Leaving Certificate Examination (including Day School Certificate (Higher) General paper), 1932
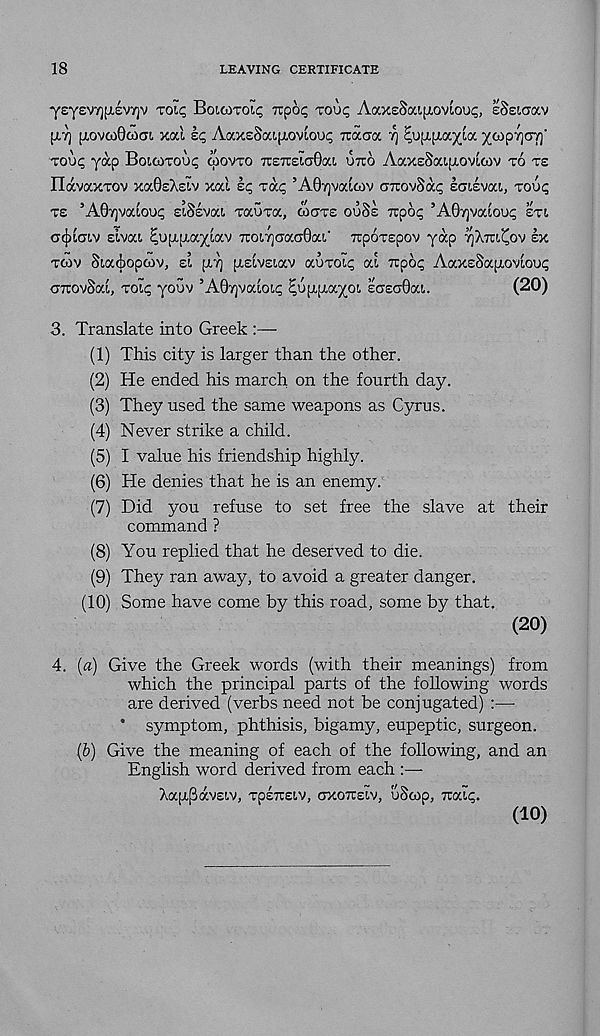
18
LEAVING CERTIFICATE
ysyev/jfxsvyjv zoic, Boicoxoti; rcpo^ xou^ AaxsSaijJLOviou^, sSeiaav
fXT] [LOvwOcocri xal ic, AaxsSaifjiovioui; Tiaaa 7] ^0[±{i7.yj(/. ytopyjCTT]'
TOIX; yap Boxoxouc; COOVTO TrsTuswOai UTTO AaxeSaipicmoiv TO TS
IlavaxTOV xaOsXsiv xal kq zc/.c ’A67]valcov airovSa^ kaiivca, zooq
ze ’AQrjvodooq siSsvat, xauxa, COGZZ ooSe rcpac; ’AG^vaioot; zzi
acjjiGLv elvai ^upipiaylav 7roi7]Gaa0ai.' Tcporspov yap ^XTU'COV SX
TWV Siatbopoov, el piY) [xslvsiav auroi^ al Ttpo^ AaxsSapiovLou^
GTrovSai, roi^ youv ’AQrjvaloi^ ^upipia^oi. £G£G0at,.
(20)
3. Translate into Greek :—
(1) This city is larger than the other.
(2) He ended his inarch on the fourth day.
(3) They used the same weapons as Cyrus.
(4) Never strike a child.
(5) I value his friendship highly.
(6) He denies that he is an enemy.
(7) Did you refuse to set free the slave at their
command ?
(8) You replied that he deserved to die.
(9) They ran away, to avoid a greater danger.
(10)
Some have come by this road, s
(20)
4. (a) Give the Greek words (with their meanings) from
which the principal parts of the following words
are derived (verbs need not be conjugated) :—
* symptom, phthisis, bigamy, eupeptic, surgeon.
(b) Give the meaning of each of the following, and an
English word derived from each :—
XauBavEiv, zpeizeiv, GXOTCEIV, uScop, TOXIC;.
(10)